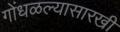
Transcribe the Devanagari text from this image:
गोंधळल्यासारखी